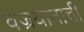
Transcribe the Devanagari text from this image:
वज्रयानाची